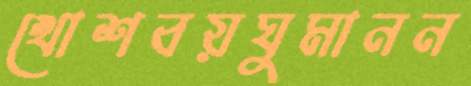
খোশবয়ঘুমানন